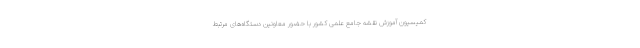
کمیسیون آموزش نقشه جامع علمی کشور با حضور معاونین دستگاه‌های مرتبط